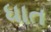
ધાત